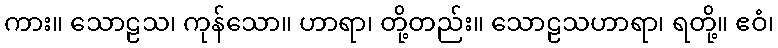
ကား။ သောဠသ၊ ကုန်သော။ ဟာရာ၊ တို့တည်း။ သောဠသဟာရာ၊ ရတို့။ ဧဝံ၊